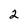
Character: 2